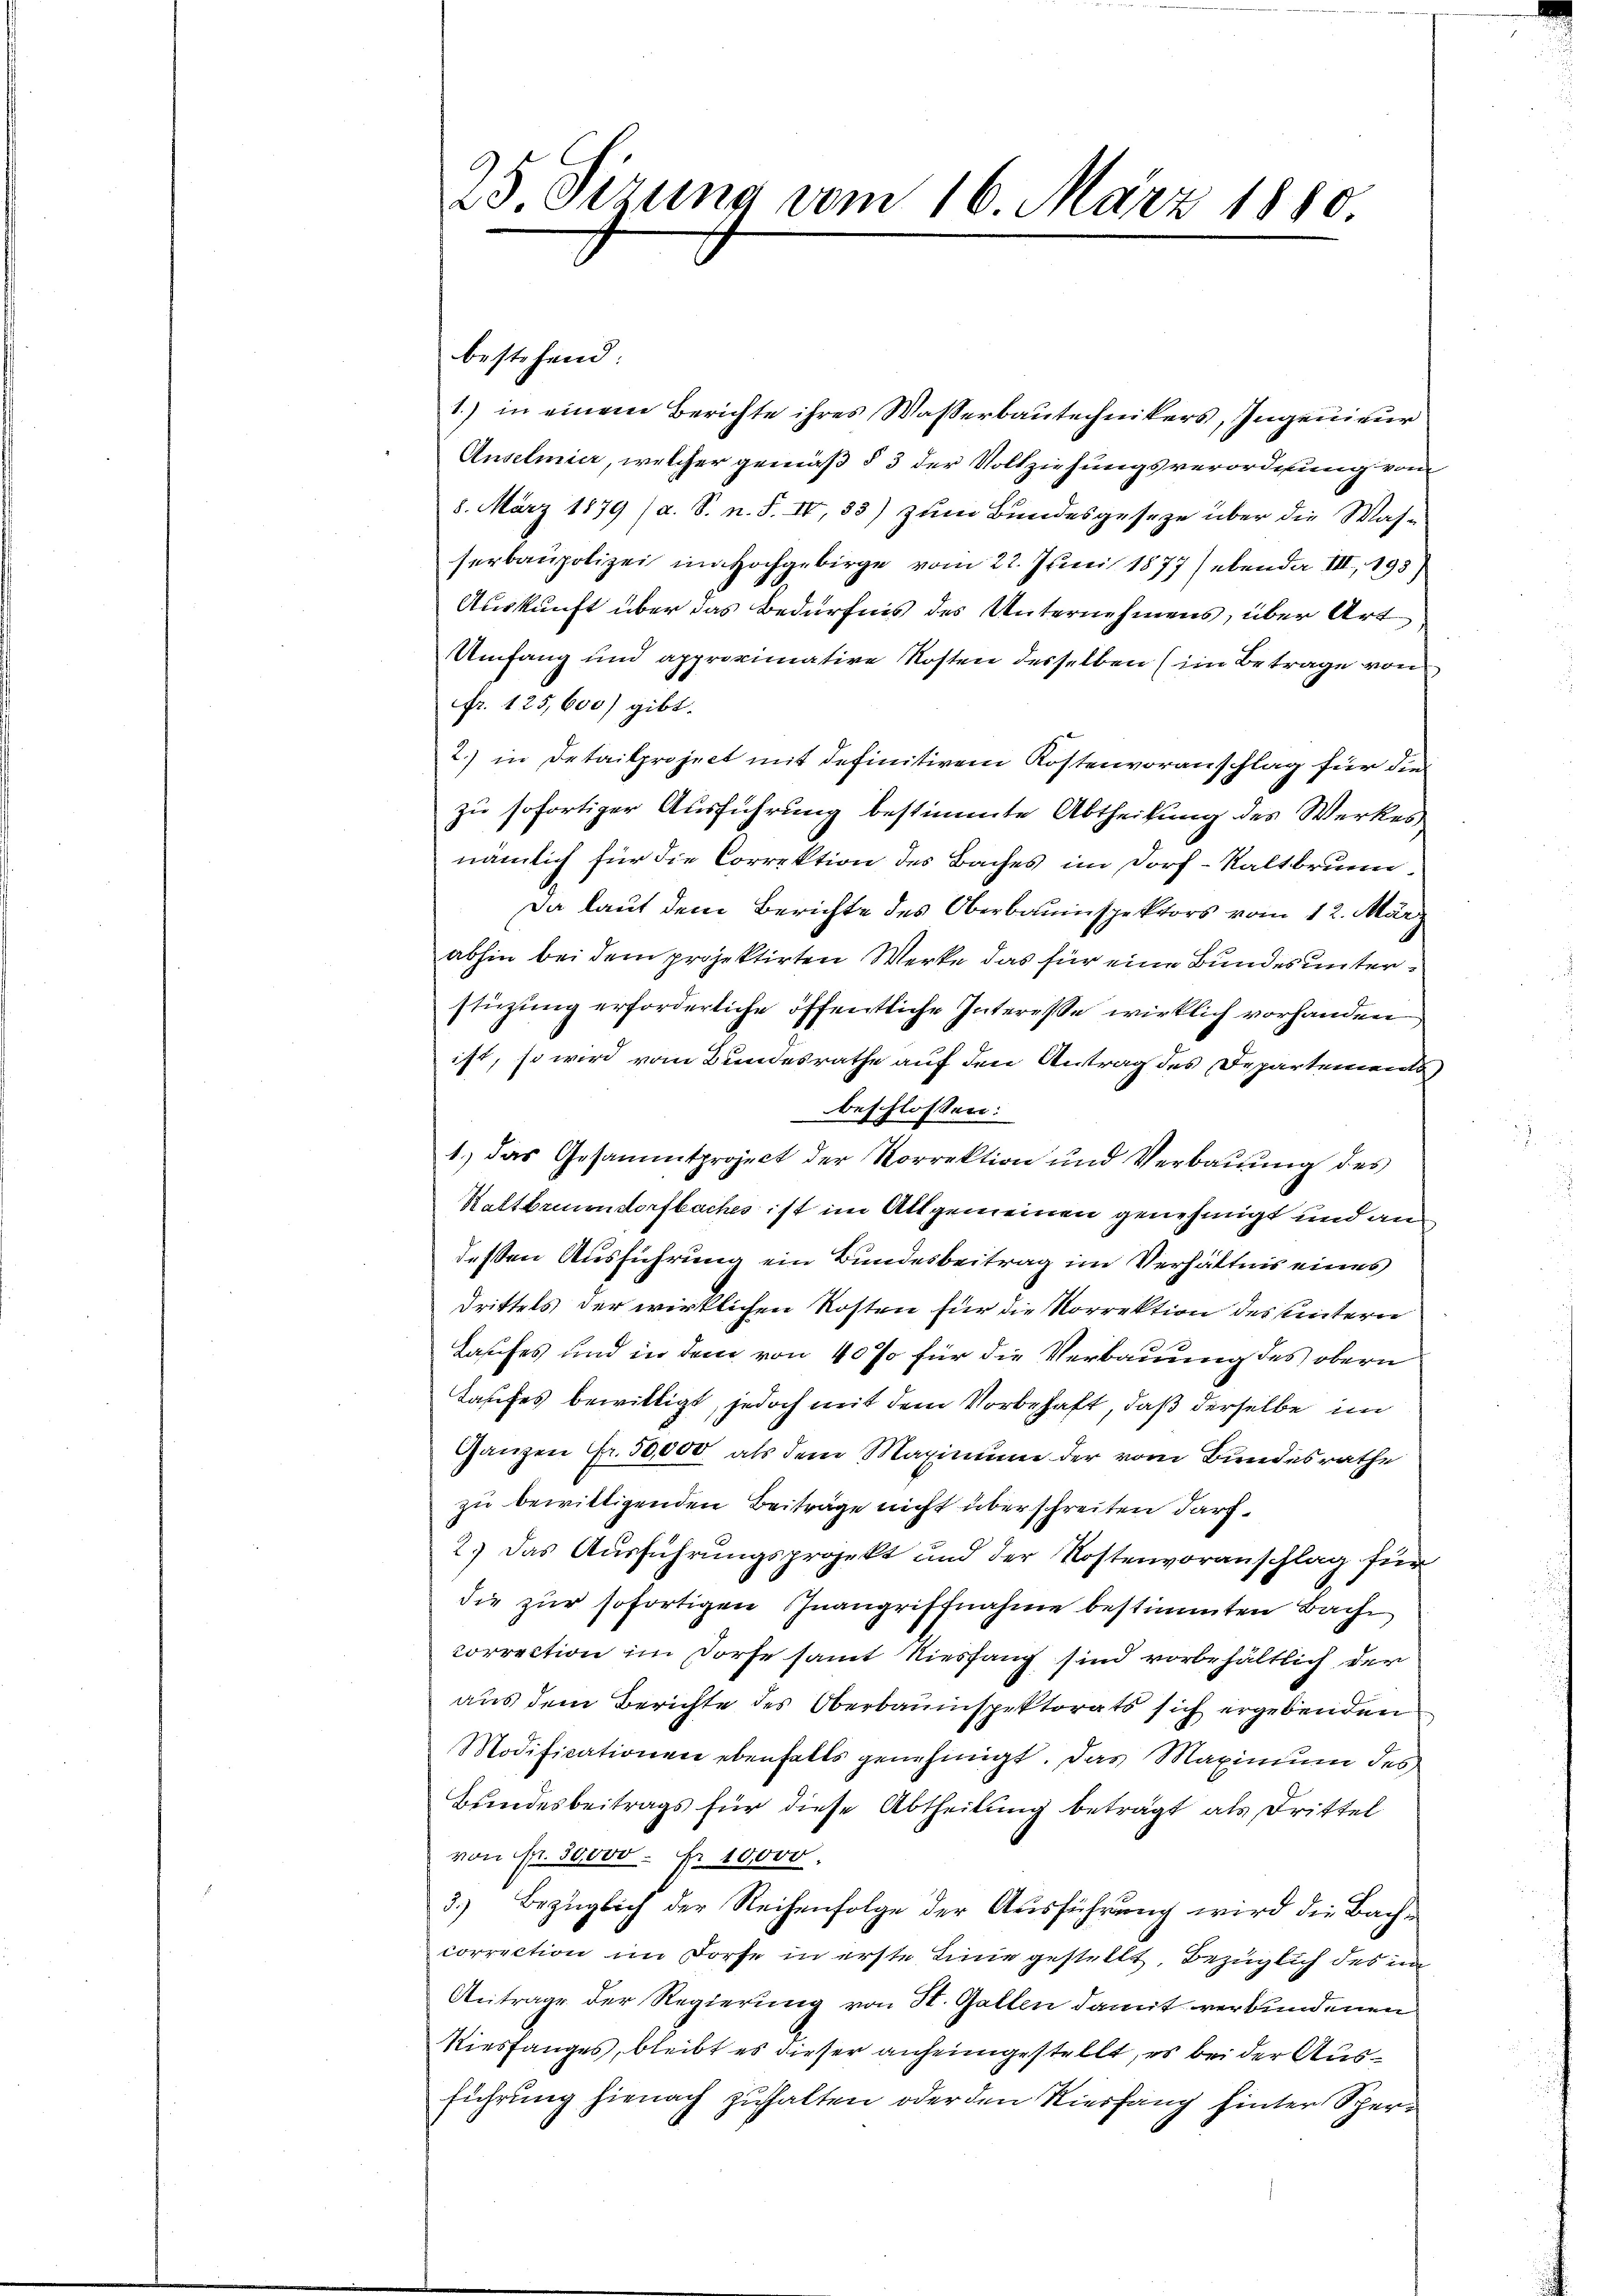
25. Sizung vom 16. März 1880

bestehend
1.) in einem Berichte ihres Wasserbautechnikers, Ingenieur
Anselmier, welcher gemäß § 3 der Vollziehungsverordnung vom
8. März 1879 (a. S. n. F. IV, 33) zum Bundesgeseze über die Wasserbaupolizei im Hochgebirge vom 22. Juni 1877) ebende III, 195)
Auskunft über das Bedürfnis des Unternehmens, über Art
Umfang und approximative Kosten desselben (im Betrage von
fr. 125,600) gibt.
2.) in Detailproject mit definitiven Kostenvoranschlag für die
zu sofortiger Ausführung bestimmte Abtheilung des Werkes,
nämlich für die Correktion des Baches im Dorf-Kaltbrunn,
Da laut dem Berichte des Oberbauinspektors vom 12. Mär
abhin bei dem projektirten Werke das für eine Bundes unterstüzung erforderliche öffentliche Interesse wirklich vorhanden
ist, so wird vom Bundesrathe auf den Antrag des Departements
beschlossen:
1.) das Gesammtproject der Korrektion und Verbaŭŭng des
Rattbrunndorfbaches ist im Allgemeinen genehmigt und an
deßen Ausführung ein Bundesbeitrag im Verhältnis eines
drittels der wirklichen Kosten für die Vorrektion des hintern
Laufes und in dem von 40% für die Verbauung des obern
Taufes bewilligt, jedoch mit dem Vorbehaft, daß derselbe im
Ganzen Fr. 50,000. als dem Maximum der vom Bundesrathe
zu bewittigenden Beiträge nicht überschreiten darf,
2.) Das Ausführungsprojekt und der Kostenvoranschlag für
die zur sofortigen Inangriffnahme bestimmten Bache
correction im Dorfe samt Riesfang sind vorbehältlich der
aus dem Berichte des Oberbauinspektorats sich ergebenden
Modificationen ebenfalls genehmigt. Das Maximum des
Bundesbeitrags für diese Abtheilung beträgt als Drittel
von fr. 30000 Fr. 10000.
3.) Bezüglich der Reihenfolge der Ausführung wird die Bachcorrection im Dorfe in erste Linie gestellt, bezüglich des i
Antrage der Regierung von St. Gallen damit verbundenen
Viesfanges, bleibt es dieser anheimgestellt, es bei der Ausführung hienach zuhalten oder den Vierfang hinter Sper¬